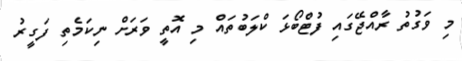
މި ވަގުތު ރާއްޖޭގައި ފުޓްބޯޅަ ކްލަބުތައް މި އޮތީ ވަރަށް ނިކަމެތި ފަގީރު